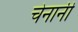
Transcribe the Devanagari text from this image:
चेनानी